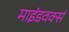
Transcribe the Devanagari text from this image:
माइंडवर्क्स